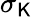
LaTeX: \sigma_{\mathsf{K}}